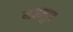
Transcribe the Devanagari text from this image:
मअमूल